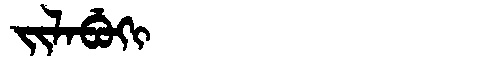
Manchu: ᠵᡳᠯᠠᠪᡠᡴᡳ
Romanization: JILABUKI